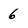
Character: 6